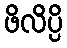
ဖိလိပ္ပိ